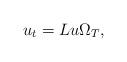
LaTeX: \begin{align*}u_{t}=Lu\Omega _{T}, \end{align*}